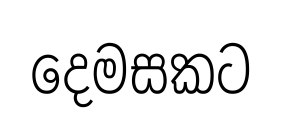
දෙමසකට